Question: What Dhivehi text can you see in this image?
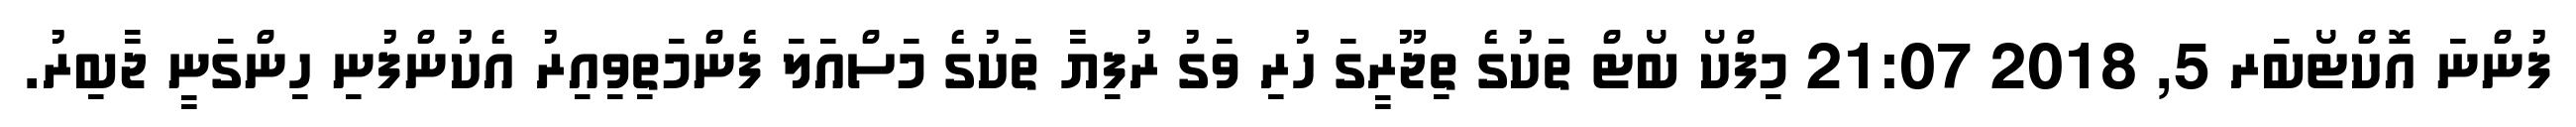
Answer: ފުންނަ އޮކްޓޯބަރ 5, 2018 21:07 މިފްކޯ ބޯޓް ތަކުގެ ތިޖޫރީގަ ހުރި ވަގު ރުފިޔާ ތަކުގެ މަސްއަލަ ފެންމަތިވިއިރު އެކުންފުނި ހިންގަނީ ޖާބިރު.